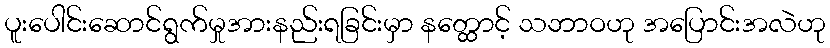
ပူးပေါင်းဆောင်ရွက်မှုအားနည်းရခြင်းမှာ နတ္ထောင့် သဘာဝဟု အပြောင်းအလဲဟု